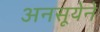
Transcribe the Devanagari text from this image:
अनसूयेने